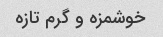
خوشمزه و گرم تازه